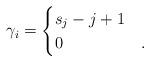
LaTeX: \begin{align*}\gamma_i = \begin{cases}s_j - j + 1 & \\0 & .\end{cases}\end{align*}